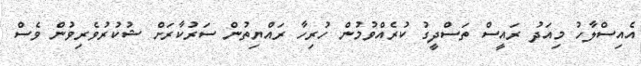
އެއިސްލާހު މިއަދު ރައީސް ތަސްދީގު ކުރެއްވުމުން ހުރިހާ ރައްޔިތުން ސަރުކާރަށް ޝުކުރުވެރިވުން ވެސް